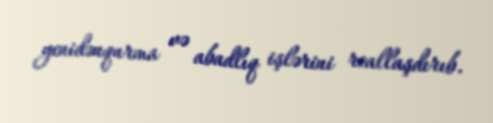
yenidənqurma və abadlıq işlərini reallaşdırıb.